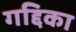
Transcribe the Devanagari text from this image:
गद्दिका